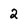
Character: 2